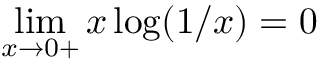
\operatorname* { l i m } _ { x \to 0 + } x \log ( 1 / x ) = 0